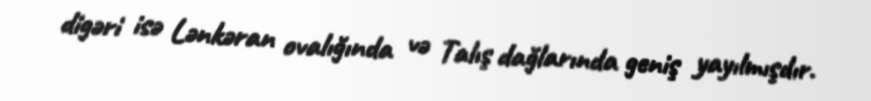
digəri isə Lənkəran ovalığında və Talış dağlarında geniş yayılmışdır.